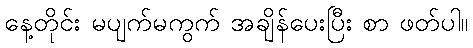
နေ့တိုင်း မပျက်မကွက် အချိန်ပေးပြီး စာ ဖတ်ပါ။